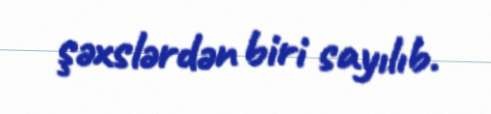
şəxslərdən biri sayılıb.